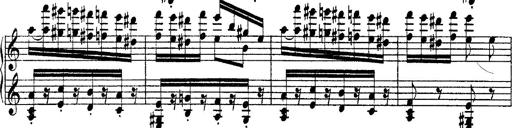
Title: Grandes Ã©tudes de Paganini
Composer: Franz Liszt